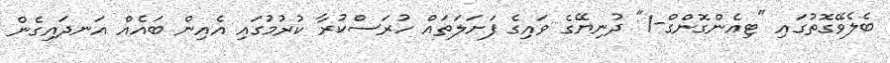
ބެލެވޭގޮތުގައި "ޓިއެންގޮންގް-1" ދުނިޔޭގެ ވައިގެ ފަށަލަތައް ހުރަސްކުރާ ކުރުމުގައި އެއިން ބައެއް އަނދައިގެން